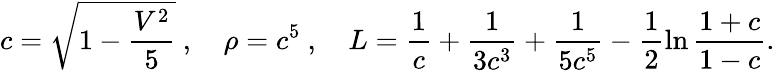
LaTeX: \displaystyle c=\sqrt{1-\frac{V^{2}}{5}}\ ,\quad\rho=c^{5}\ ,\quad L=\frac{1}{c}+\frac{1}{3c^{3}}+\frac{1}{5c^{5}}-\frac{1}{2}\ln\frac{1+c}{1-c}.